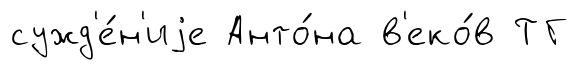
сужд'е́н'иjе Анто́на в'еко́в ТГ